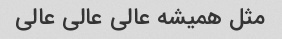
مثل همیشه عالی عالی عالی